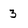
Character: 3